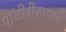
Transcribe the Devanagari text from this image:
पाळीवीकरणास